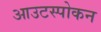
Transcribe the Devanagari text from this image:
आउटस्पोकन